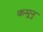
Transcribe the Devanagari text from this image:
कमूनु